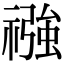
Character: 𮂏